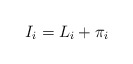
\begin{align*}I_i=L_i+\pi_i\end{align*}